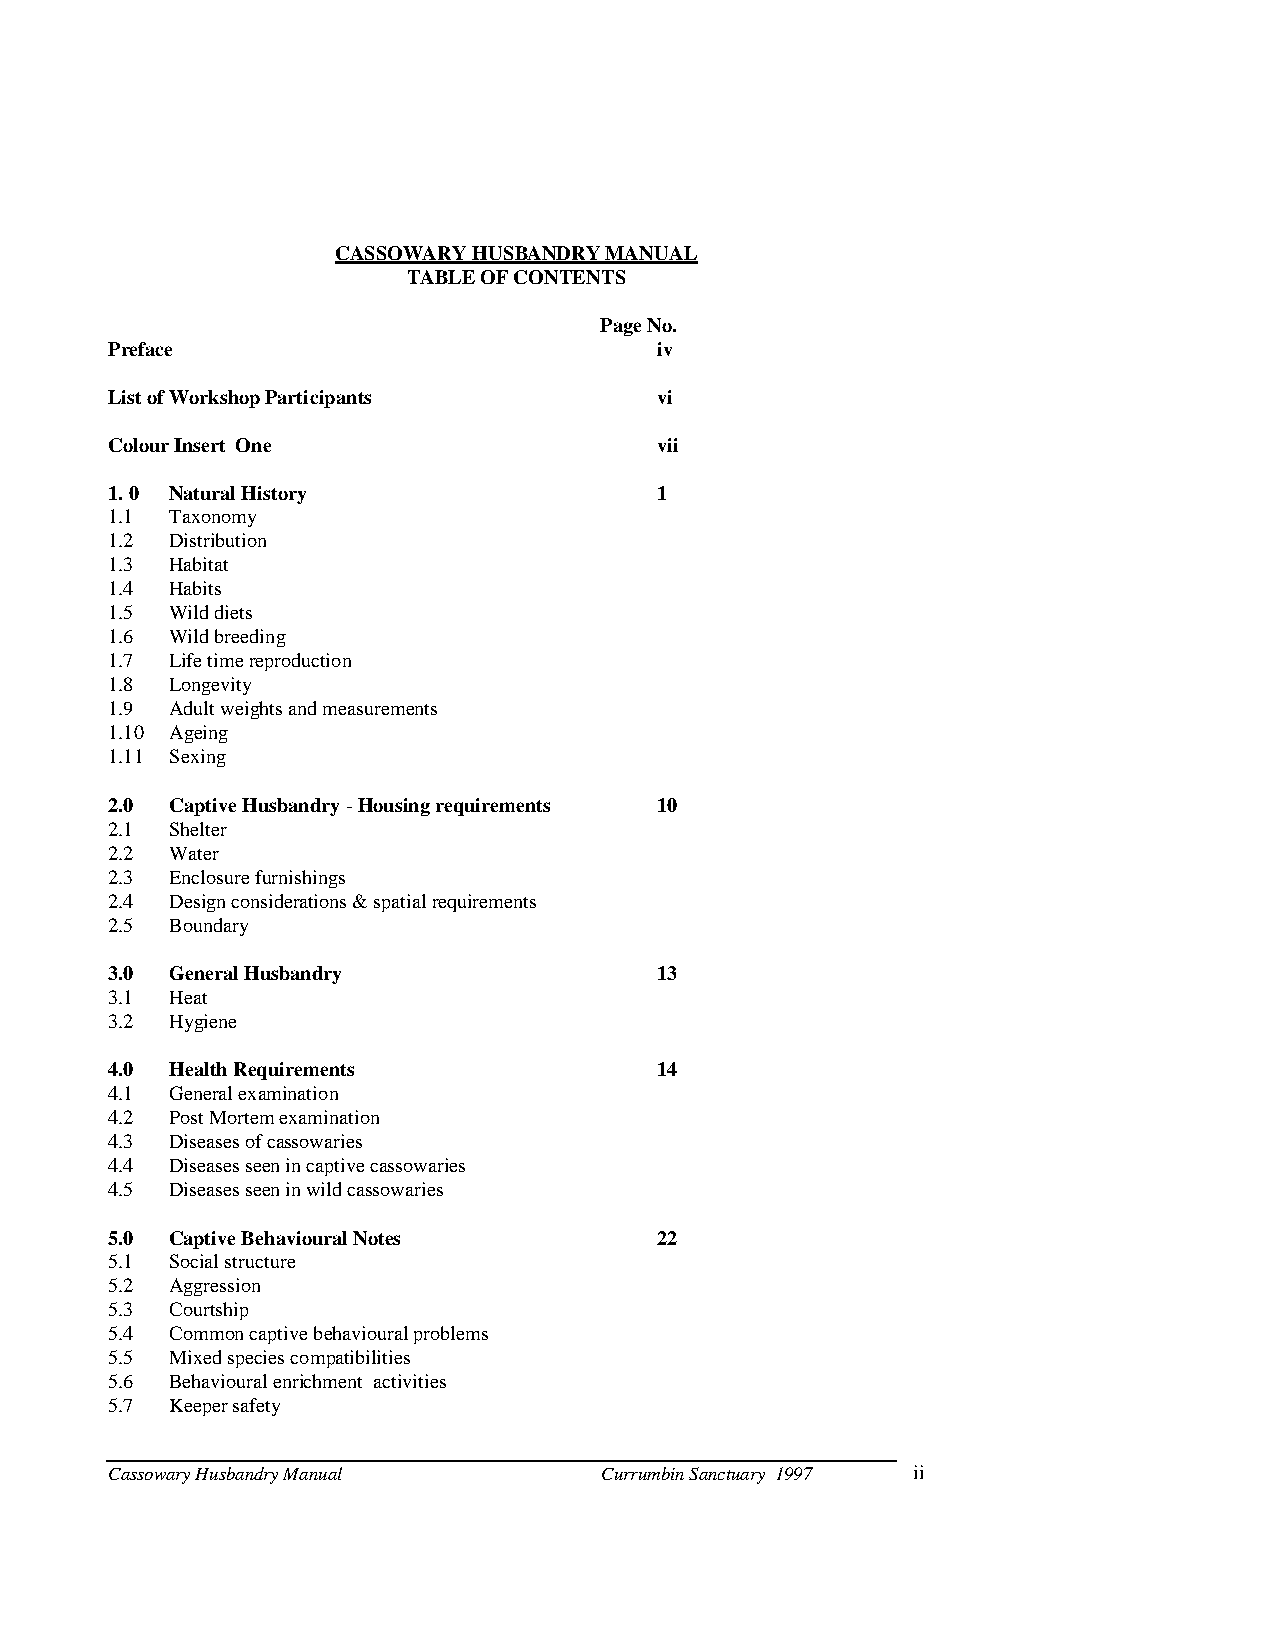
CASSOWARY HUSBANDRY MANUAL
 TABLE OF CONTENTS
 Page No.
 Preface                              iv
 List of Workshop Participants        vi
 Colour Insert One                    vii
 1. 0 Natural History                 1
 1.1 Taxonomy
 1.2 Distribution
 1.3 Habitat
 1.4 Habits
 1.5 Wild diets
 1.6 Wild breeding
 1.7 Life time reproduction
 1.8 Longevity
 1.9 Adult weights and measurements
 1.10 Ageing
 1.11 Sexing
 2.0 Captive Husbandry - Housing requirements 10
 2.1 Shelter
 2.2 Water
 2.3 Enclosure furnishings
 2.4 Design considerations & spatial requirements
 2.5 Boundary
 3.0 General Husbandry                13
 3.1 Heat
 3.2 Hygiene
 4.0 Health Requirements              14
 4.1 General examination
 4.2 Post Mortem examination
 4.3 Diseases of cassowaries
 4.4 Diseases seen in captive cassowaries
 4.5 Diseases seen in wild cassowaries
 5.0 Captive Behavioural Notes        22
 5.1 Social structure
 5.2 Aggression
 5.3 Courtship
 5.4 Common captive behavioural problems
 5.5 Mixed species compatibilities
 5.6 Behavioural enrichment activities
 5.7 Keeper safety
 Cassowary Husbandry Manual       Currumbin Sanctuary 1997 ii